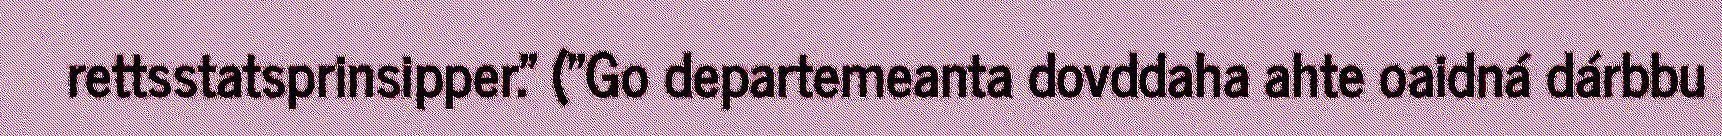
rettsstatsprinsipper." ("Go departemeanta dovddaha ahte oaidná dárbbu